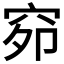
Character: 𰩇